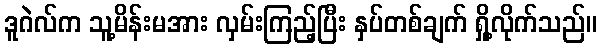
ဒူဂဲလ်က သူ့မိန်းမအား လှမ်းကြည့်ပြီး နှပ်တစ်ချက် ရှို့လိုက်သည်။